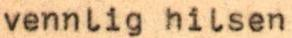
vennlig hilsen